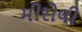
મીરોલી